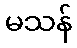
မသန်